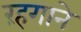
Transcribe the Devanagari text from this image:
रंहगाने